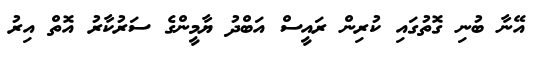
އޭނާ ބުނި ގޮތުގައި ކުރިން ރައީސް އަބްދު ޔާމީންގެ ސަރުކާރު އޮތް އިރު